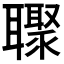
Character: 𮋼